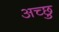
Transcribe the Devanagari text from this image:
अच्छु